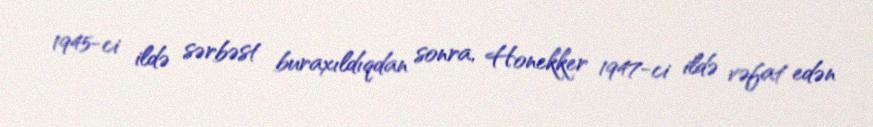
1945-ci ildə sərbəst buraxıldıqdan sonra, Honekker 1947-ci ildə vəfat edən